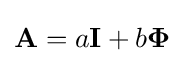
\mathbf {A} =a\mathbf {I} +b\mathbf {\Phi }